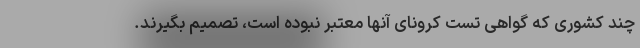
چند کشوری که گواهی تست کرونای آنها معتبر نبوده است، تصمیم بگیرند.